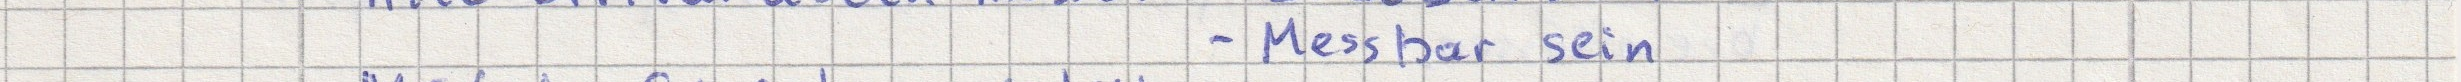
- Messbar sein